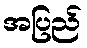
အပြည်